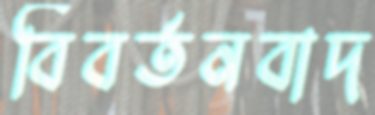
বিবর্তনবাদ